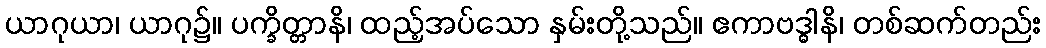
ယာဂုယာ၊ ယာဂု၌။ ပက္ခိတ္တာနိ၊ ထည့်အပ်သော နှမ်းတို့သည်။ ဧကာဗဒ္ဓါနိ၊ တစ်ဆက်တည်း